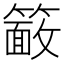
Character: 𮆖